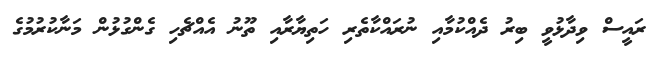
ރައީސް ވިދާޅުވީ ބިރު ދެއްކުމާއި ނުރައްކާތެރި ހަތިޔާރާއި ތޫނު އެއްޗެހި ގެންގުޅުން މަނާކުރުމުގެ